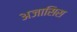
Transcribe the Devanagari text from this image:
अजासिस